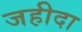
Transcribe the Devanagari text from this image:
जहीदा